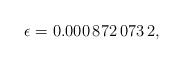
LaTeX: \begin{align*}\epsilon =0.000\thinspace872\thinspace073\thinspace 2,\end{align*}